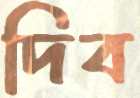
দিব